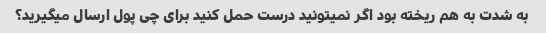
به شدت به هم ریخته بود اگر نمیتونید درست حمل کنید برای چی پول ارسال میگیرید؟